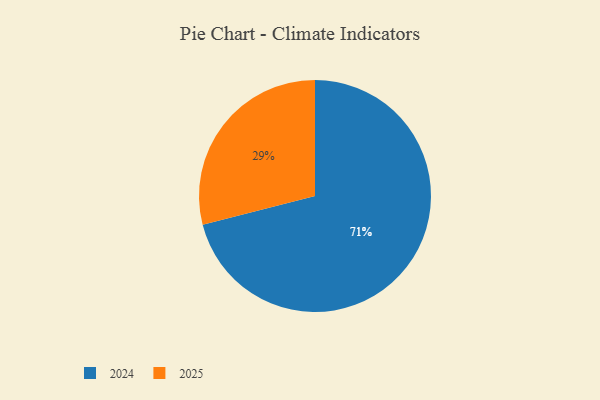
{"axis": {"x": "Category", "y": "Percentage"}, "legend": ["2024", "2025"], "data": [{"x": "2025", "y": 29, "type": "2025"}, {"x": "2024", "y": 71, "type": "2024"}]}